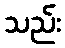
သည်း